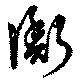
衡